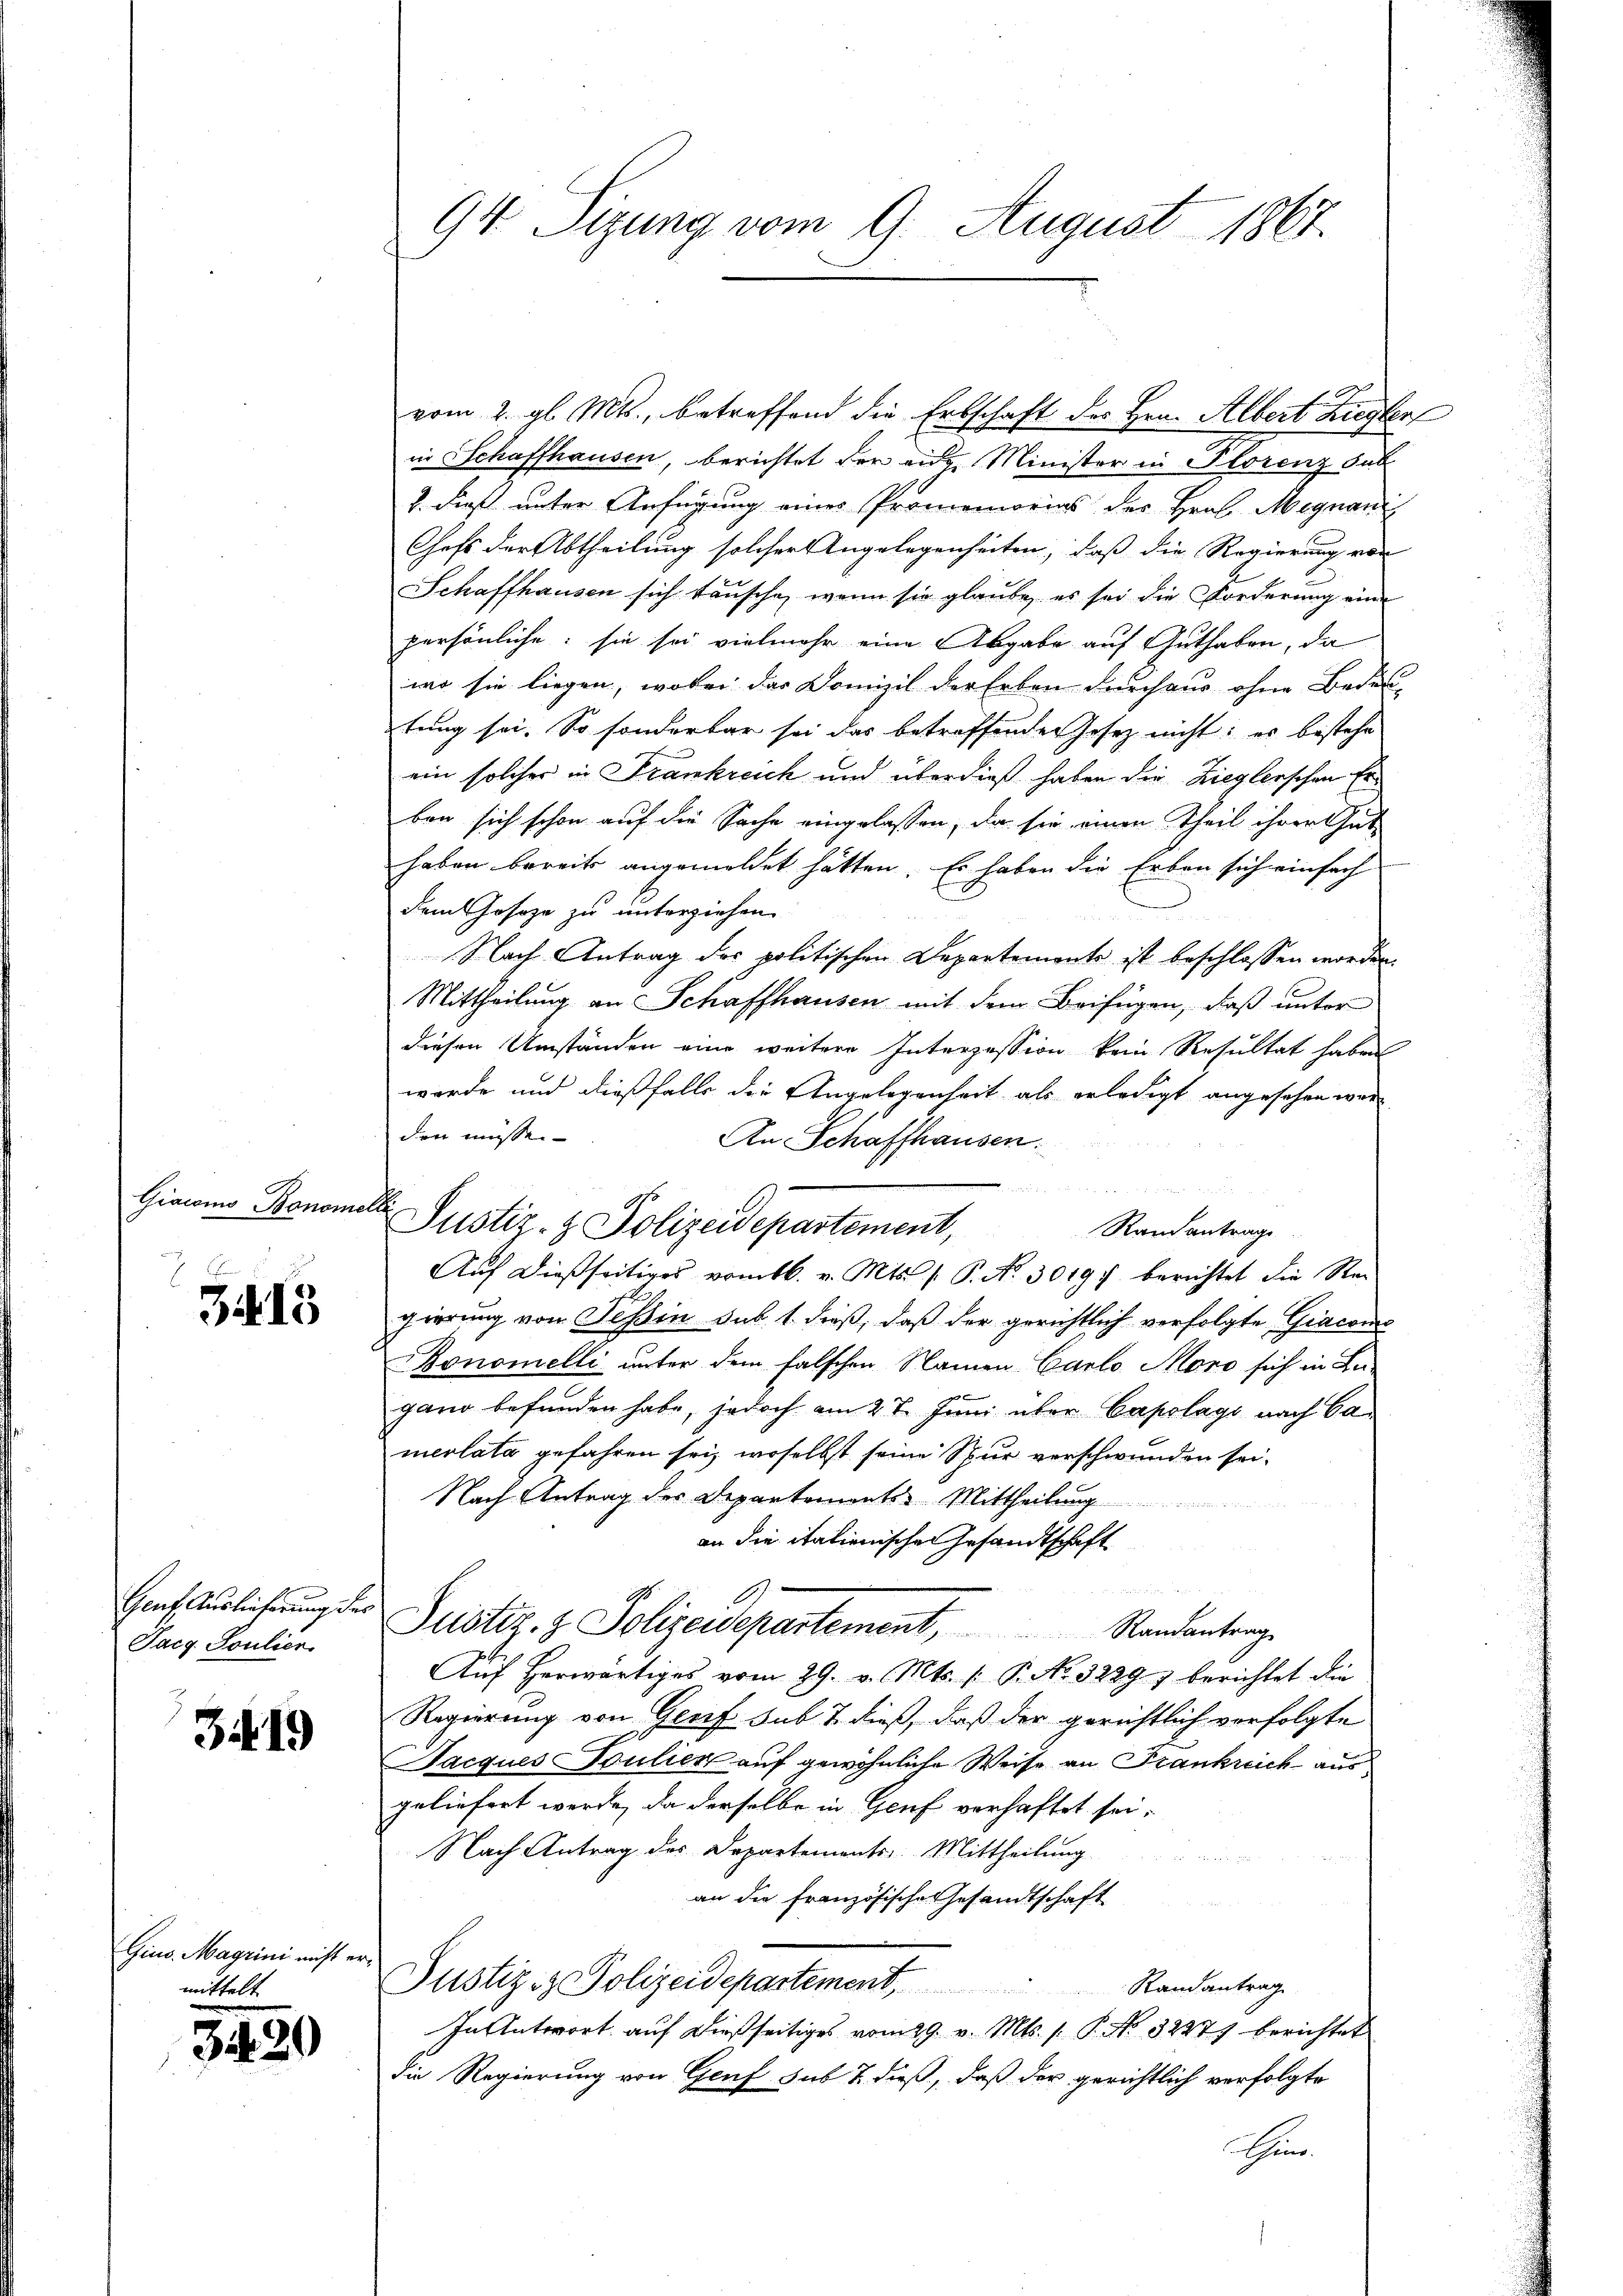
Giaconus Bonome

3415

Tacg. Soulier

3419

Gius. Magrini nicht er
mittel

3430

94 Sizung vom 9. August 1867.

vom 2. gl. Mts., betreffend die Erbschaft des Hrn. Albert Ziegler
in Schaffhausen, berichtet der eige Minister in Florenz sub
4. dieß unter Anfügung einer Promemorias der Hrn. Mignan
Chefs der Abtheilung solcher Angelegenheiten, daß die Regierung von
Schaffhausen sich tausche, wenn sie glaube, es sei die Forderung eine
persönliche; sie sei vielmehr eine Abgabe auf Guthaben, da
wo sie liegen, wobei der Domizil der Erben durchaus ohne Bedeu-
tung sei. So sonderbar sei das betreffenden Jesez nicht: es bestehe
ein solcher in Frankreich und überdieß haben die Zieglerschen Erben sich schon auf die Sache eingelassen, da sie einen Theil ihrer Gut-
haben bereits angemeldet hätten. Es haben die Erben sich einfach
dem Josoze zu unterziehen
Nach Antrag des politischen Departemente ist beschlossen worden.
Mittheilung an Schaffhausen mit dem Beifügen, daß unter
diesen Umständen eine weitere Interzession kein Resultat haben
wurde und dießfalls die Angelegenheit als erledigt angesehen war
den müssen
An Schaffhausen.

.
Justiz- & Polizeidepartement,
Randantrage
Auf dießseitiges vom 16. v. Mts. /: P. Nr. 3019) berichtet die Regierung von Tessin sub 1. dieß, daß der gerichtlich verfolgte Giacome
onomelli unter dem falschen Namen Carlo Moro sich in Be-
gano befunden habe, jedoch am 27. Juni über Capolags nach Ca
mevlata gefahren sei, woselbst seine Spur verschwunden sei.
Nach Antrag des Departemonts-Mittheilung
an die italienischen Gesandtschaft
a
Hauferlicherung der Justiz- & Polizeidepartement, Randantrag
Auf herwärtiges vom 29. v. Mts. /: P. No. 3229) berichtet die
Regierung von Genf sub 7 dieß, daß der gerichtlich verfolgte
Jacques Soulier auf gewöhnliche Weise an Frankreich aus
geliefert werde, da derselbe in Genf verhaftet sei.
Nach Antrag des Departements Mittheilung

an die Französische Gesandtschaft
Justiz- & Polizeidepartement, Randantrag
In Antwort auf dießseitiges vom 29. v. Mts. 1. P. No. 32277 berichtet
die Regierung von Genf sub 7. dieß, daß der gerichtlich verfolgte
Thun